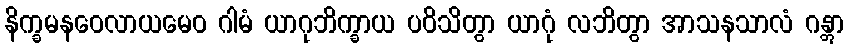
နိက္ခမနဝေလာယမေဝ ဂါမံ ယာဂုဘိက္ခာယ ပဝိသိတွာ ယာဂုံ လဘိတွာ အာသနသာလံ ဂန္တွာ